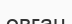
овган